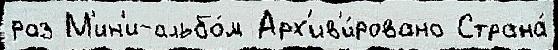
раз М'ин'и-альбо́м Арх'ив'и́ровано Страна́